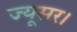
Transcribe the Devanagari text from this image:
ज्यूसर।